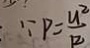
\because P = \frac { u ^ { 2 } } { R }